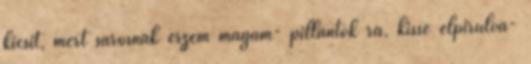
kicsit, mert sárosnak érzem magam- pillantok rá, kissé elpirulva-